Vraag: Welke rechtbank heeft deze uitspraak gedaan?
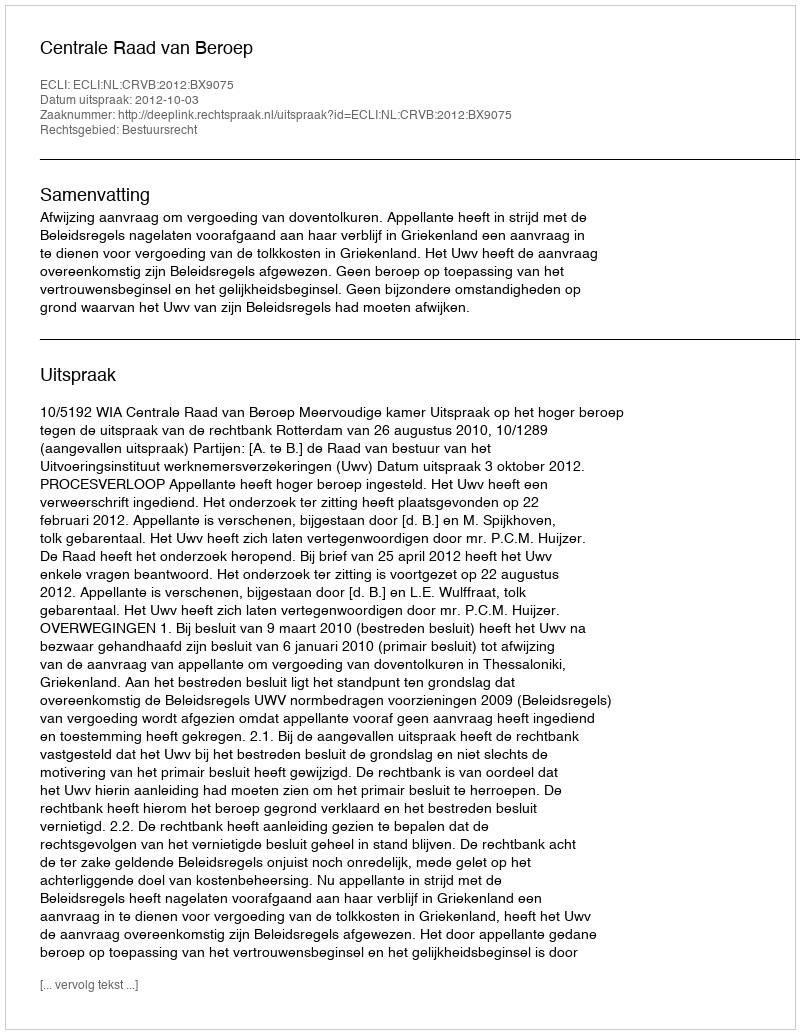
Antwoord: Centrale Raad van Beroep